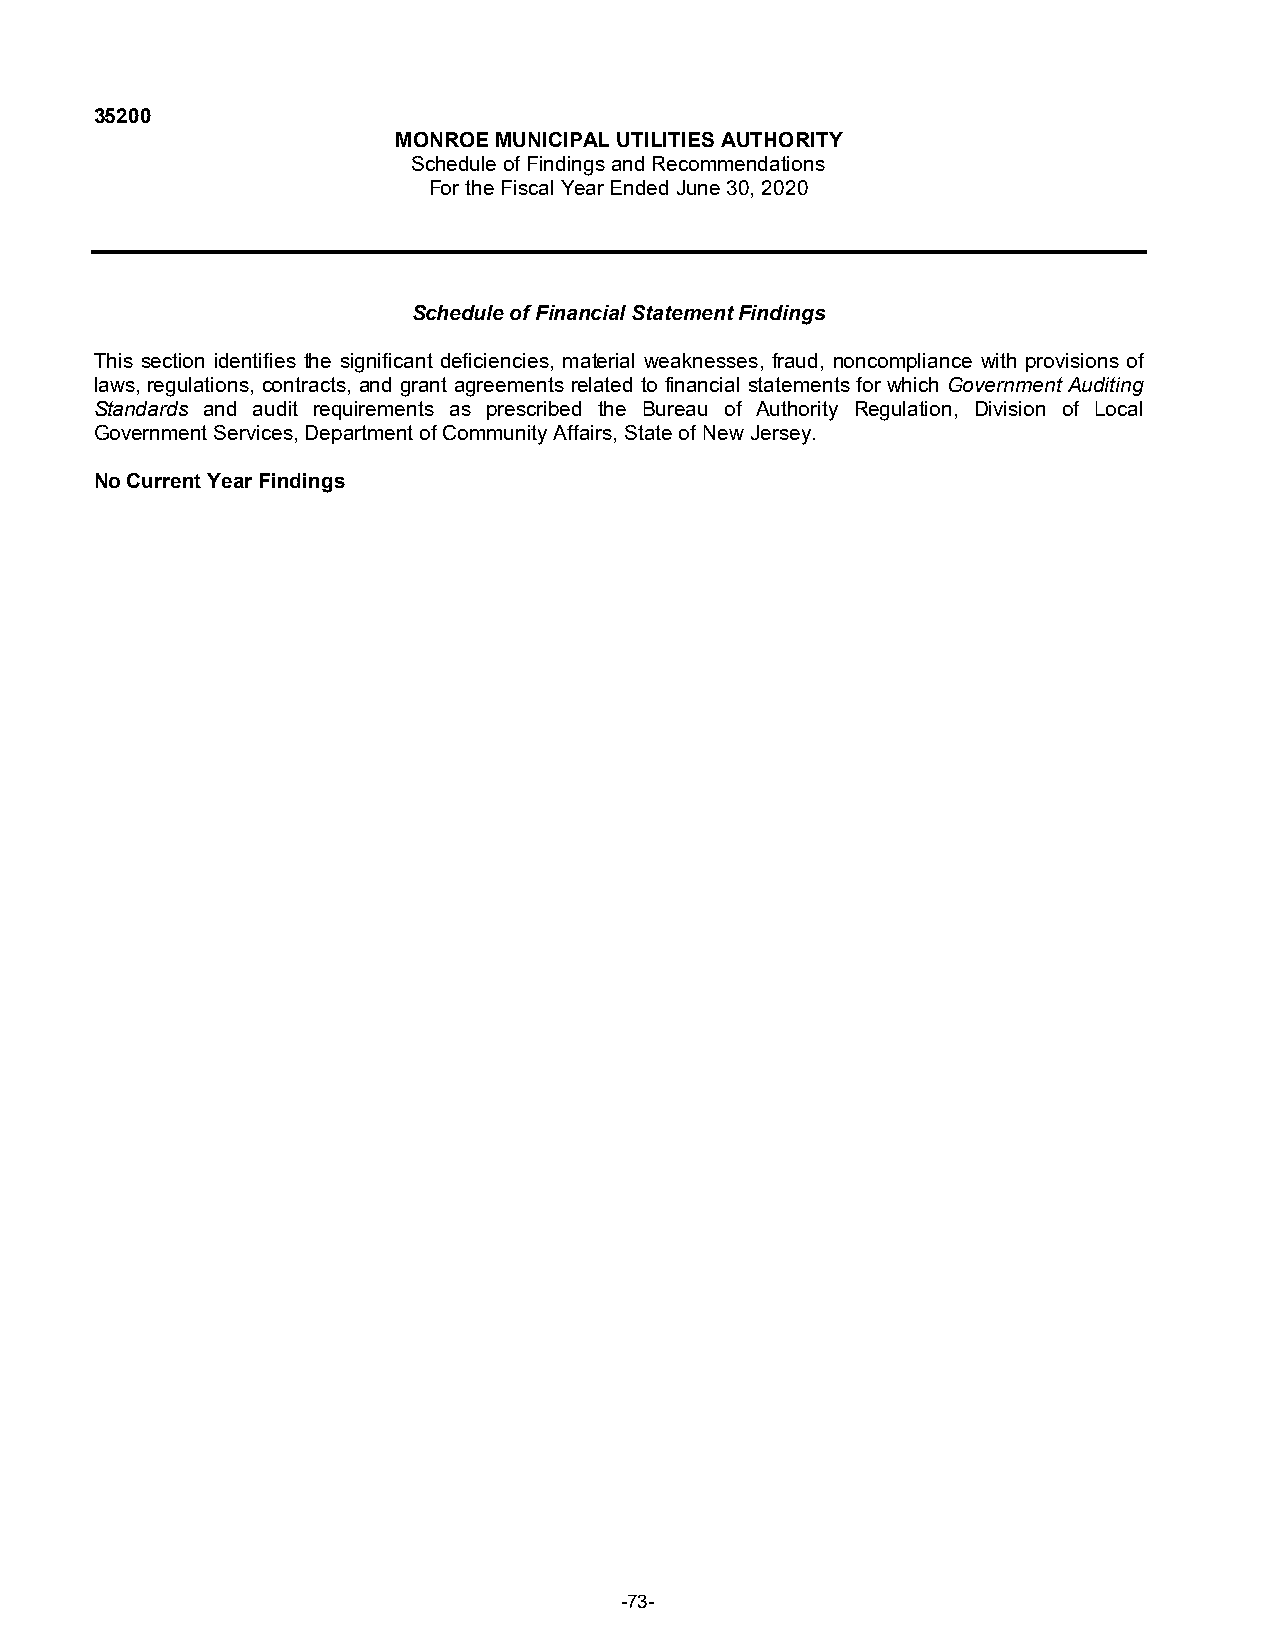
35200
 MONROE MUNICIPAL UTILITIES AUTHORITY
 Schedule of Findings and Recommendations
 For the Fiscal Year EndedJune 30, 2020
 Schedule of Financial Statement Findings
 This section identifies the significant deficiencies, material weaknesses, fraud, noncompliance with provisions of
 laws, regulations, contracts, and grant agreements related to financial statements for which Government Auditing
 Standards and audit requirements as prescribed the Bureau of Authority Regulation, Division of Local
 Government Services, Department of Community Affairs, State of New Jersey.
 No Current Year Findings
 -73-